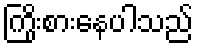
ကြိုးစားနေပါသည်